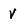
Character: V